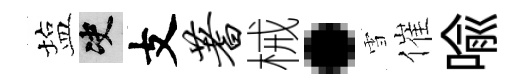
塩决支蓍械·雪催喩